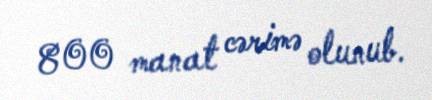
800 manat cərimə olunub.